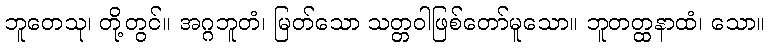
ဘူတေသု၊ တို့တွင်။ အဂ္ဂဘူတံ၊ မြတ်သော သတ္တဝါဖြစ်တော်မူသော။ ဘူတတ္ထနာထံ၊ သော။